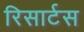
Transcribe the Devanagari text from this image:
रिसार्टस